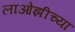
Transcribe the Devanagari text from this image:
लाओझीच्या